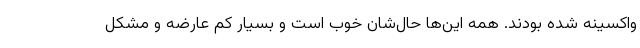
واکسینه شده بودند. همه این‌ها حال‌شان خوب است و بسیار کم عارضه و مشکل